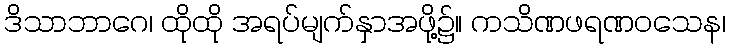
ဒိသာဘာဂေ၊ ထိုထို အရပ်မျက်နှာအဖို့၌။ ကသိဏဖရဏဝသေန၊